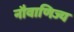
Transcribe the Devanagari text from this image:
नौवाणिज्य